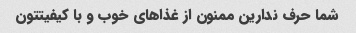
شما حرف ندارین ممنون از غذاهای خوب و با کیفیتتون